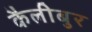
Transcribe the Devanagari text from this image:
कैलीबुर